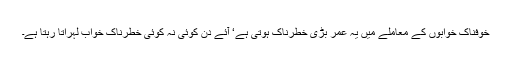
خوفناک خوابوں کے معاملے میں یہ عمر بڑی خطرناک ہوتی ہے‘ آئے دن کوئی نہ کوئی خطرناک خواب لہراتا رہتا ہے۔